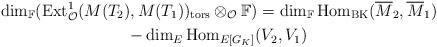
LaTeX: \begin{gather*}\operatorname{dim}_{\mathbb{F}}( \operatorname{Ext}^1_{\mathcal{O}}(M(T_2),M(T_1))_{\operatorname{tors}} \otimes_{\mathcal{O}} \mathbb{F}) = \operatorname{dim}_{\mathbb{F}} \operatorname{Hom}_{\operatorname{BK}}(\overline{M}_2,\overline{M}_1)\\- \operatorname{dim}_{E} \operatorname{Hom}_{E[G_K]}(V_2,V_1)\end{gather*}